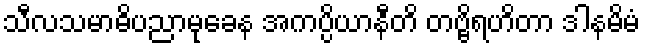
သီလသမာဓိပညာမုခေန အကပ္ပိယာနီတိ တဗ္ဗိရဟိတာ ဒါနမိမံ